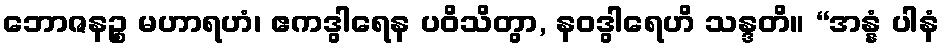
ဘောဇနဉ္စ မဟာရဟံ၊ ဧကဒွါရေန ပဝိသိတွာ, နဝဒွါရေဟိ သန္ဒတိ။ “အန္နံ ပါနံ